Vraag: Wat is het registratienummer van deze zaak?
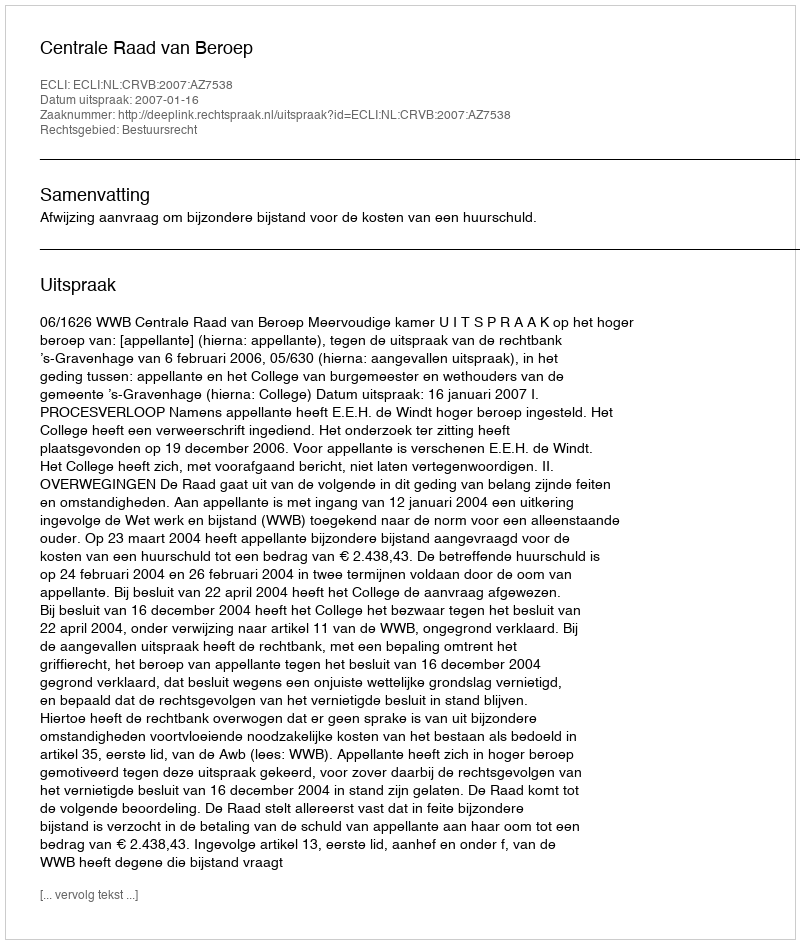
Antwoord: http://deeplink.rechtspraak.nl/uitspraak?id=ECLI:NL:CRVB:2007:AZ7538